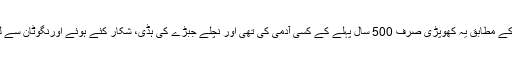
حتمی نتائج کے مطابق یہ کھوپڑی صرف 500 سال پہلے کے کسی آدمی کی تھی اور نچلے جبڑے کی ہڈی، شکار کئے ہوئے اورنگوٹان سے لی گئی تھی!